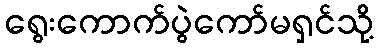
ရွေးကောက်ပွဲကော်မရှင်သို့